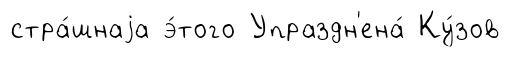
стра́шнаjа э́того Упраздн'ена́ Ку́зов